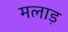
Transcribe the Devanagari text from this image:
मलाड़